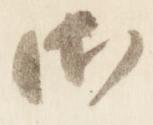
御